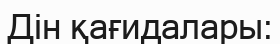
Дін қағидалары: